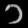
Digit: ၁